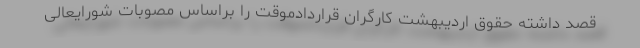
قصد داشته حقوق اردیبهشت کارگران قراردادموقت را براساس مصوبات شورایعالی